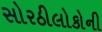
સોરઠીલોકોની